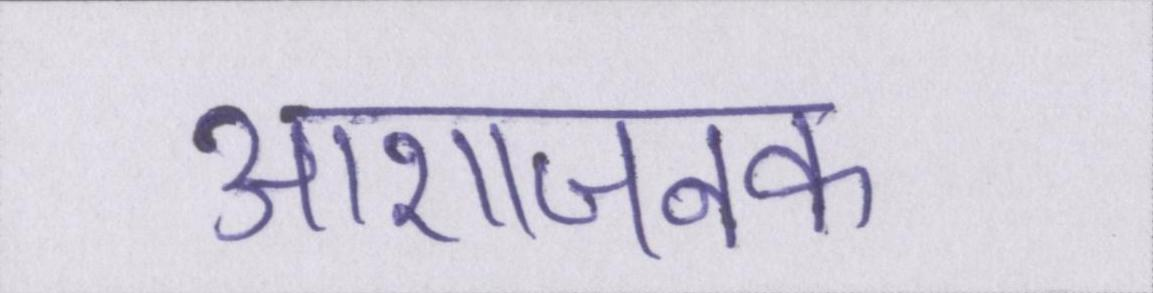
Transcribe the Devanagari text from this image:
आशाजनक